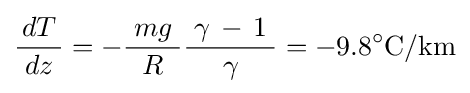
{\frac {\,dT\,}{dz}}=-{\frac {\;mg\;}{R}}{\frac {\;\gamma \,-\,1\;}{\gamma }}=-9.8^{\circ }\mathrm {C/km}